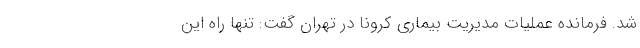
شد. فرمانده عملیات مدیریت بیماری کرونا در تهران گفت: تنها راه این